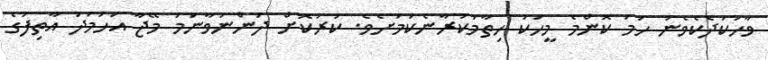
ވާހަކަދެކެވެނު ހަމަ ކޮންމެ މީހަކު ހިތާމަކުރާނެކަމަށެވެ. ކުރުކޮށް ދަންނަވާނަމަ މޭޖާ އަހުމަދު އާތިފުގެ